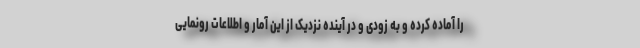
را آماده کرده و به زودی و در آینده نزدیک از این آمار و اطلاعات رونمایی